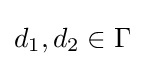
d_{1},d_{2}\in \Gamma